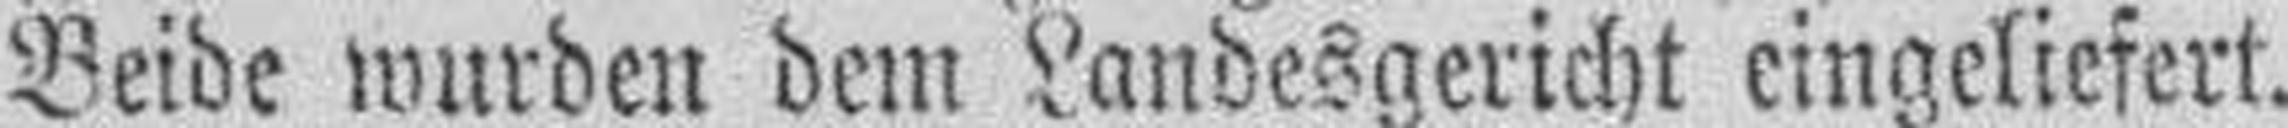
Beide wurden dem Landesgericht eingeliefert.